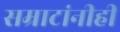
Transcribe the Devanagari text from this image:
सम्राटांनीही